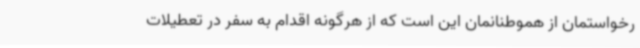
رخواستمان از هموطنانمان این است که از هرگونه اقدام به سفر در تعطیلات